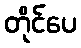
တိုင်ပေ